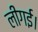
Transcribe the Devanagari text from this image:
लीगई।